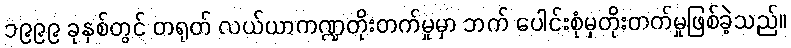
၁၉၉၉ ခုနှစ်တွင် တရုတ် လယ်ယာကဏ္ဍတိုးတက်မှုမှာ ဘက် ပေါင်းစုံမှတိုးတက်မှုဖြစ်ခဲ့သည်။